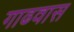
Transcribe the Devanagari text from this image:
गाढवास